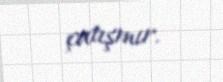
çatışmır.